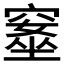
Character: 𥧚